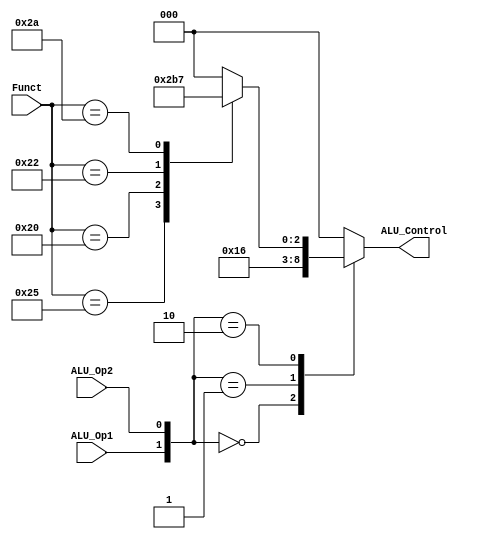
module ALU_Control(
    input ALU_Op1, ALU_Op2,
    input [5:0] Funct,
    output reg [2:0] ALU_Control
);
always @(*)
    begin
        case ({ALU_Op1, ALU_Op2})
            2'b00: ALU_Control = 3'b010; // add
            2'b01: ALU_Control = 3'b110; // add
            2'b10:
                case (Funct)
                    6'b100100: ALU_Control = 3'b000; // and
                    6'b100101: ALU_Control = 3'b001; // or
                    6'b100000: ALU_Control = 3'b010; // add
                    6'b100010: ALU_Control = 3'b110; // sub
                    6'b101010: ALU_Control = 3'b111; // slt
                    default: ALU_Control = 3'b000;
                endcase
            default: ALU_Control = 3'b000;
        endcase
    end

endmodule